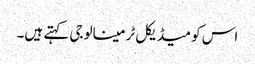
اس کو میڈیکل ٹرمینالوجی کہتے ہیں۔